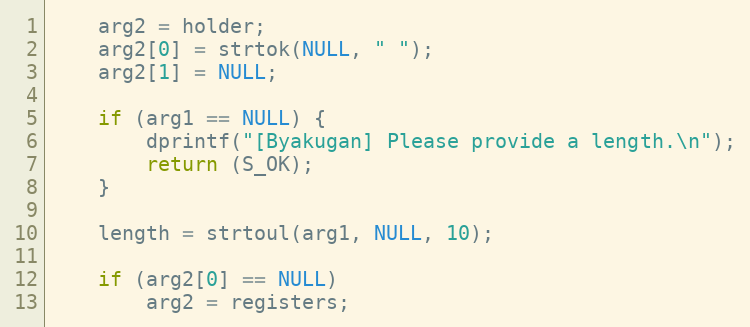
Language: C++
    arg2 = holder;
    arg2[0] = strtok(NULL, " ");
    arg2[1] = NULL;

    if (arg1 == NULL) {
        dprintf("[Byakugan] Please provide a length.\n");
        return (S_OK);
    }

    length = strtoul(arg1, NULL, 10);

    if (arg2[0] == NULL)
        arg2 = registers;